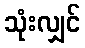
သုံးလျှင်